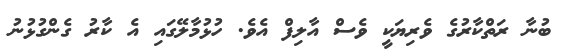
ބުނާ ރަތްކާރުގެ ވެރިޔަކީ ވެސް އާލިފް އެވެ. ހުޅުމާލޭގައި އެ ކާރު ގެންގުޅުނު